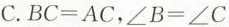
C.$$BC=AC$$，$$\angle B=\angle C$$